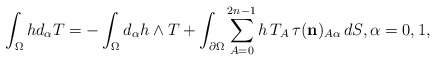
\begin{align*}\int_\Omega hd_\alpha T=-\int_\Omega d_\alpha h\wedge T+\int_{\partial\Omega}\sum_{A=0}^{2n-1}h\,T_A\, \tau( \mathbf{{n}})_{A\alpha}\,dS,\alpha=0,1,\end{align*}